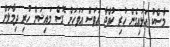
މާސްކު އަޅައިގެން ހުރި ކުއްޖާ އަވަސް އަވަހަށް ގޮސް މައިޝަން ހުރި ދިމާލަށް